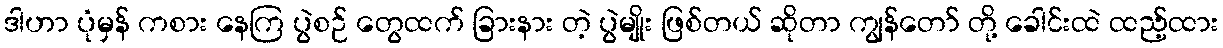
ဒါဟာ ပုံမှန် ကစား နေကြ ပွဲစဉ် တွေထက် ခြားနား တဲ့ ပွဲမျိုး ဖြစ်တယ် ဆိုတာ ကျွန်တော် တို့ ခေါင်းထဲ ထည့်ထား